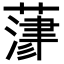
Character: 𦻄